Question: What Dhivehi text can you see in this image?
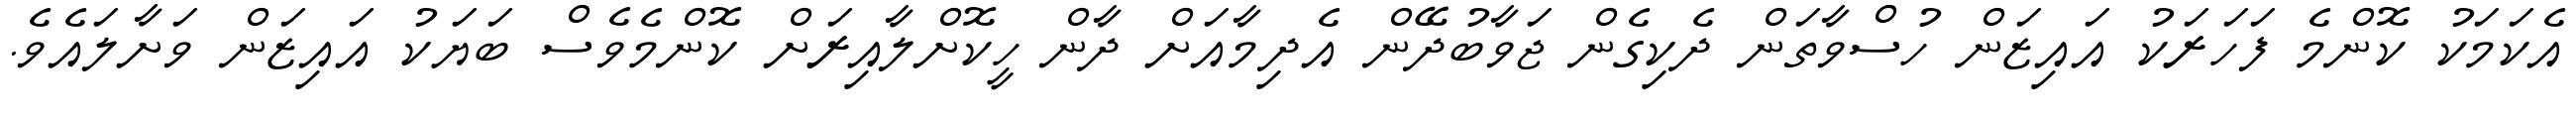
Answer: އެކަމަކު ކޮންމެ ފަހަރަކު އައިޒަން ހުސްވާތަން ދެކިގެން ޖަވާބުދޭން އެދިމާއަށް ދާން ހީކޮށްލާއިރަށް ކޮންމެވެސް ބަޔަކު އައިޒަން ވަށާލައެވެ.